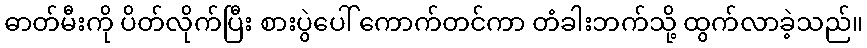
ဓာတ်မီးကို ပိတ်လိုက်ပြီး စားပွဲပေါ် ကောက်တင်ကာ တံခါးဘက်သို့ ထွက်လာခဲ့သည်။